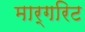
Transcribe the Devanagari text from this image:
मार्गरिट